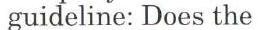
guideline: Does the